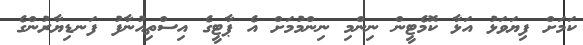
ކަމަށް ފިޔަވަޅު އަޅާ ކޮމެޓީން ނިންމި ނިންމުމަށް އެ ޕާޓީގެ އިސްތިއުނާފު ފަނޑިޔާރުންގެ